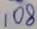
1 0 8